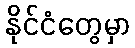
နိုင်ငံတွေမှာ